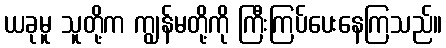
ယခုမူ သူတို့က ကျွန်မတို့ကို ကြီးကြပ်ပေးနေကြသည်။